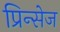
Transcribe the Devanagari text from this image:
प्रिन्सेज